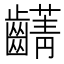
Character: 𮯖